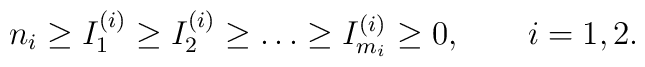
n_{i}\ge I^{(i)}_{1}\ge I^{(i)}_{2}\ge\dots\ge I^{(i)}_{m_{i}}\ge 0,\qquad i=1,2.